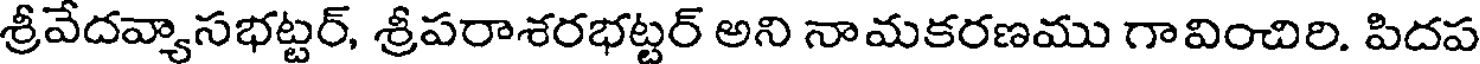
శ్రీవేదవ్యాసభట్టర్, శ్రీపరాశరభట్టర్ అని నామకరణము గావించిరి. పిదప